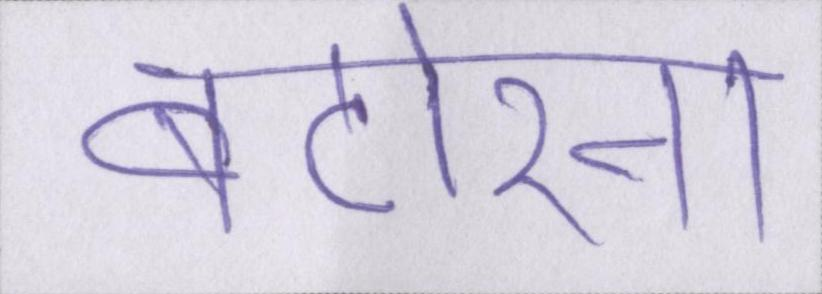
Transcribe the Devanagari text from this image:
बटोरना